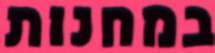
במחנות